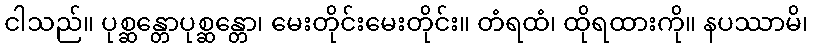
ငါသည်။ ပုစ္ဆန္တောပုစ္ဆန္တော၊ မေးတိုင်းမေးတိုင်း။ တံရထံ၊ ထိုရထားကို။ နပဿာမိ၊